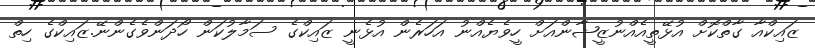
ޒައިކްއާ ގާތްކޮށް އުޅޭތީއެއްނުޒީޝާންއަށް ހީވެޔެއްނު އަހަރެން އުޅެނީ ޒައިކްގެ ސަމާލުކަން ހޯދަންވެގެންނޭ.ޒައިކްގެ ހިތް